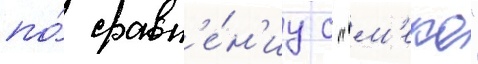
по́ сравн'е́н'иу с "м'еко"